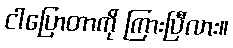
ငါပြောတာကို ကြားပြီလား။